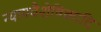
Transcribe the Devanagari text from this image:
न्यायवैशेषिकादि